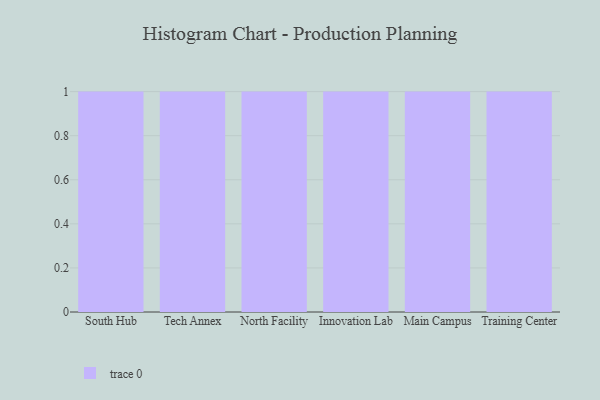
{"axis": {"x": "Campus", "y": "Net Income (USD K)"}, "legend": [""], "data": [{"x": "South Hub", "y": 3, "type": ""}, {"x": "Tech Annex", "y": 37, "type": ""}, {"x": "North Facility", "y": 46, "type": ""}, {"x": "Innovation Lab", "y": 93, "type": ""}, {"x": "Main Campus", "y": 1, "type": ""}, {"x": "Training Center", "y": 22, "type": ""}]}